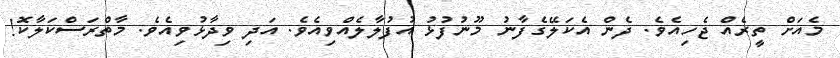
މެއަށް ތީރެއް ޖެހިއެވެ. ދެން އެކަލޭގެފާނު މޫނުފުޅު އުފުލާލެއްވިއެވެ. އަދި ވިދާޅުވިއެވެ. މާތްރަސްކަލާކޮ!